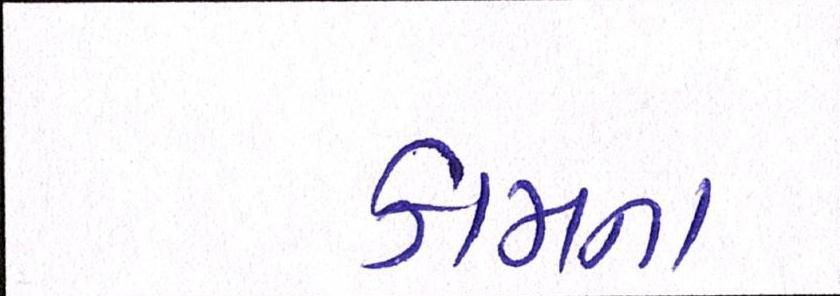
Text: કામના